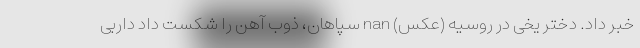
خبر داد. دختر یخی در روسیه (عکس) nan سپاهان، ذوب آهن را شکست داد داربی